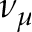
\nu _ { \mu }